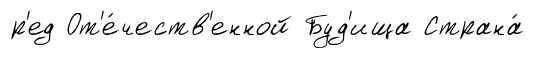
р'ед От'е́честв'енной Буд'ища Страна́